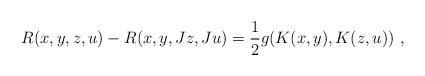
LaTeX: \begin{align*} R(x,y,z,u)-R(x,y,Jz,Ju)=\frac12g(K(x,y),K(z,u)) \ ,\end{align*}